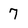
Character: 7